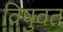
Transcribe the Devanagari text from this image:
विषुवत